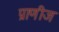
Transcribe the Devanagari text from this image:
प्राणीज